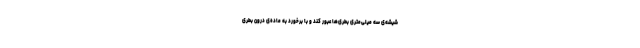
شیشه‌ی سه میلی‌متری بطری‌ها عبور کند و با برخورد به ماده‌ی درون بطری